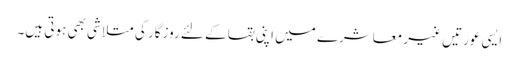
ایسی عورتیں غیر معاشرے میں اپنی بقا کے لئے روزگار کی متلاشی بھی ہوتی ہیں۔